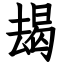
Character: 朅